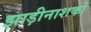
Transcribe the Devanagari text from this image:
झाड़ीनाशकों